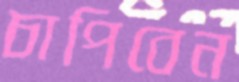
চাপিবেন